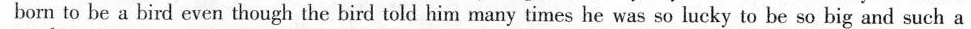
born to be a bird even though the bird told him many times he was so lucky to be so big and such a